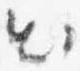
出